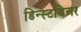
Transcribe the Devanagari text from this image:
डिन्स्टबिअर